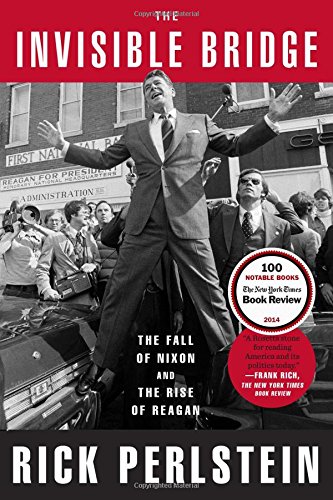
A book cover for The Invisible Bridge: The Fall of Nixon and the Rise of Reagan; Rick Perlstein; Politics & Social Sciences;